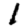
Digit: 1